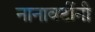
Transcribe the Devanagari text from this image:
नानावटींनी